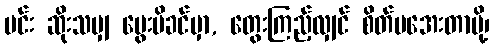
မင်း ဆိုးသမျှ မွေးမိခင်မှာ, တွေးကြည့်လျှင် စိတ်မအေးတာမို့၊